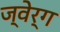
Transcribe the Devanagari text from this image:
ज्वेर्ग